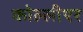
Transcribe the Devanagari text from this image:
कोल्लीएर